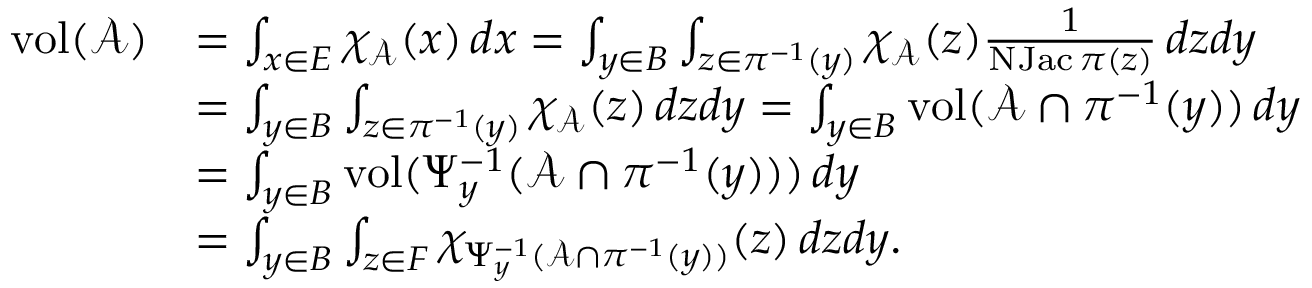
\begin{array} { r l } { \operatorname { v o l } ( \mathcal A ) } & { = \int _ { x \in E } \chi _ { \mathcal A } ( x ) \, d x = \int _ { y \in B } \int _ { z \in \pi ^ { - 1 } ( y ) } \chi _ { \mathcal A } ( z ) \frac { 1 } { \operatorname { N J a c } \pi ( z ) } \, d z d y } \\ & { = \int _ { y \in B } \int _ { z \in \pi ^ { - 1 } ( y ) } \chi _ { \mathcal A } ( z ) \, d z d y = \int _ { y \in B } \operatorname { v o l } ( \mathcal A \cap \pi ^ { - 1 } ( y ) ) \, d y } \\ & { = \int _ { y \in B } \operatorname { v o l } ( \Psi _ { y } ^ { - 1 } ( \mathcal A \cap \pi ^ { - 1 } ( y ) ) ) \, d y } \\ & { = \int _ { y \in B } \int _ { z \in F } \chi _ { \Psi _ { y } ^ { - 1 } ( \mathcal A \cap \pi ^ { - 1 } ( y ) ) } ( z ) \, d z d y . } \end{array}